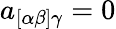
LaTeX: a_{[\alpha\beta]\gamma}=0